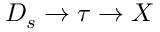
D _ { s } \to \tau \to X